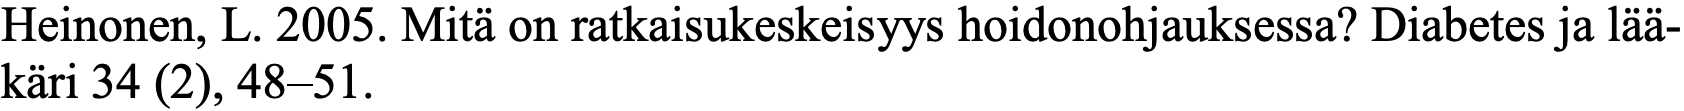
Heinonen, L. 2005. Mitä on ratkaisukeskeisyys hoidonohjauksessa? Diabetes ja lää- käri 34 (2), 48–51.